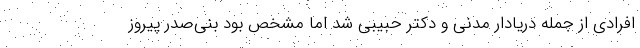
افرادی از جمله دریادار مدنی و دکتر حبیبی شد اما مشخص بود بنی‌صدر پیروز